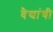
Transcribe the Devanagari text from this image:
वैद्यांची